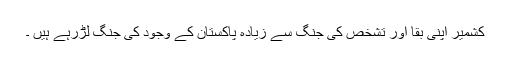
کشمیر اپنی بقا اور تشخص کی جنگ سے زیادہ پاکستان کے وجود کی جنگ لڑرہے ہیں ۔